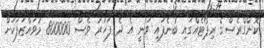
ކޮންގްރެސްގެ ރިޕޯޓެއްގައި ބުނެފައި ވަނީ އެ ދެ ފަހަރު ވެސް 800000 މުވައްޒަފަކަށް